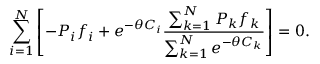
\sum _ { i = 1 } ^ { N } \left[ - P _ { i } f _ { i } + e ^ { - \theta C _ { i } } \frac { \sum _ { k = 1 } ^ { N } P _ { k } f _ { k } } { \sum _ { k = 1 } ^ { N } e ^ { - \theta C _ { k } } } \right] = 0 .